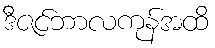
ဒီဇင်ဘာလကုန်အထိ